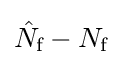
{\hat {N}}_{\text{f}}-N_{\text{f}}